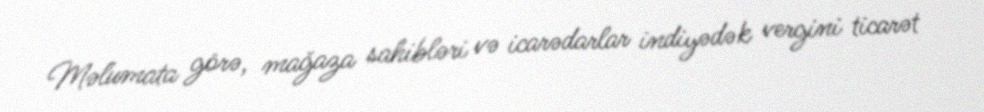
Məlumata görə, mağaza sahibləri və icarədarlar indiyədək vergini ticarət